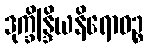
ဒုက္ခိန္ဒြိယနိရောဓဉ္စ